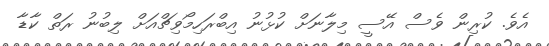
އެވެ. ކުރިން ވެސް އޭސީ މިލާނަށް ކުޅުނު އިބްރަހިމޯވިޗްއަށް ލިބުނު ރަތް ކާޑާ